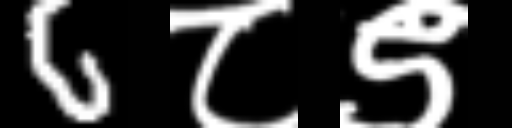
Text: 6८९